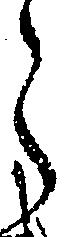
ら